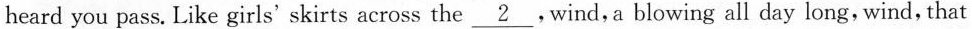
heard you pass. Like girls' skirts across the \underline{2}.Wind, a blowing all day long,wind, that